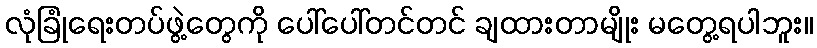
လုံခြုံရေးတပ်ဖွဲ့တွေကို ပေါ်ပေါ်တင်တင် ချထားတာမျိုး မတွေ့ရပါဘူး။